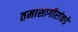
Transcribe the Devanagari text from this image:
तमाशागीरांकडे